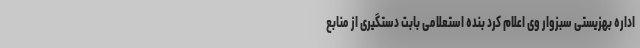
اداره بهزیستی سبزوار وی اعلام کرد بنده استعلامی بابت دستگیری از منابع